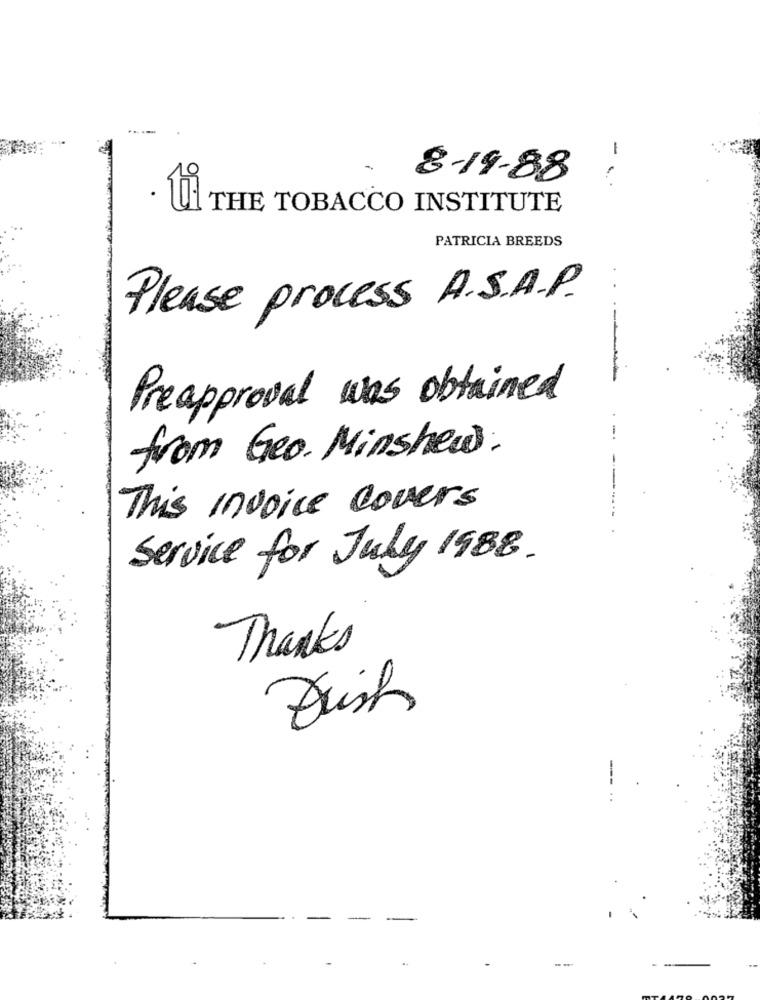
-
-
8-19-88
...
UI THE TOBACCO INSTITUTE
PATRICIA BREEDS
Please process A.S.A.P.
Preapproval was obtained
from Geo. Minshew.
This invoice covers
Service for July 1988.
Thanks
---